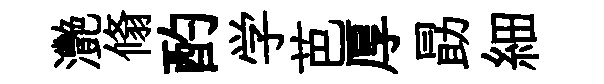
灧翛酌学芭厚勗細